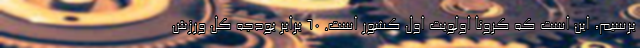
برسیم، این است که کرونا اولویت اول کشور است. ۶۰ برابر بودجه کل ورزش